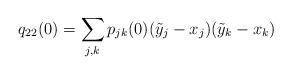
LaTeX: \begin{align*}q_{22}(0) = \sum_{j,k} p_{jk}(0)(\tilde{y}_j-x_j)(\tilde{y}_k-x_k)\end{align*}